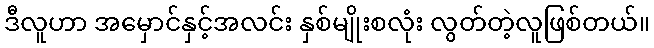
ဒီလူဟာ အမှောင်နှင့်အလင်း နှစ်မျိုးစလုံး လွတ်တဲ့လူဖြစ်တယ်။